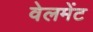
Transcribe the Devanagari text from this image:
वेलमेंट